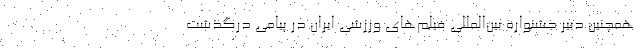
همچنین دبیر جشنواره بین‌المللی فیلم‌های ورزشی ایران در پیامی درگذشت